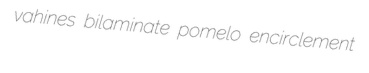
vahines bilaminate pomelo encirclement